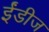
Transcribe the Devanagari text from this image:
ईंडीज